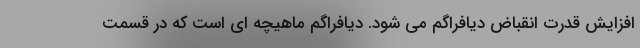
افزایش قدرت انقباض دیافراگم می شود. دیافراگم ماهیچه ای است که در قسمت